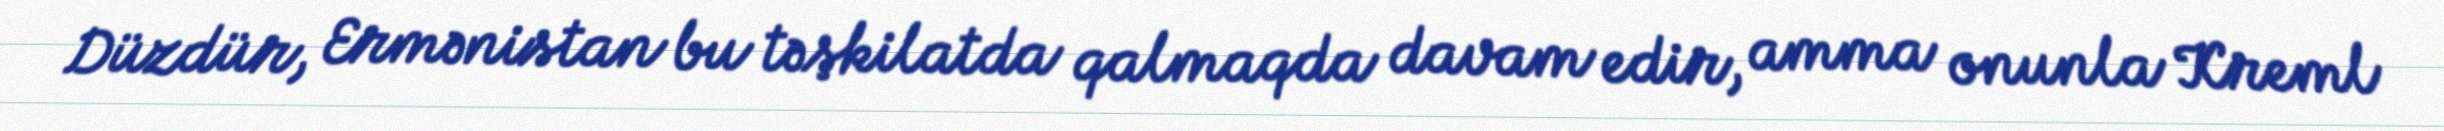
Düzdür, Ermənistan bu təşkilatda qalmaqda davam edir, amma onunla Kreml